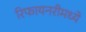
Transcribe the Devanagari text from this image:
रिफायनरीमध्ये